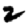
Digit: 2